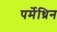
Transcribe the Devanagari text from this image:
पर्मेथ्रिन